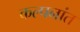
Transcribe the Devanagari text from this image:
कल्पनांत